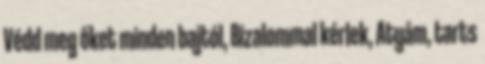
Védd meg őket minden bajtól, Bizalommal kérlek, Atyám, tarts